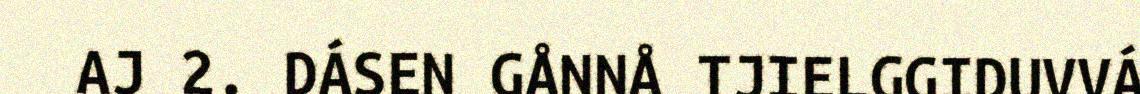
AJ 2. DÁSEN GÅNNÅ TJIELGGIDUVVÁ